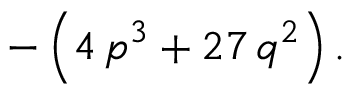
- \left( 4 \, p ^ { 3 } + 2 7 \, q ^ { 2 } \right) .